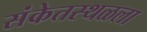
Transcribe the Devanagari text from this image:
संकेतस्थळला